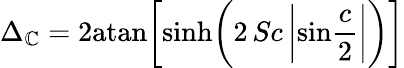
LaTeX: \Delta_{\mathbb{C}}=2\mathrm{{atan}}\bigg[\mathrm{{sinh}}\bigg(2\, Sc\, \bigg|\mathrm{{sin}}{\frac{{c}}{{2}}}\bigg|\bigg)\bigg]